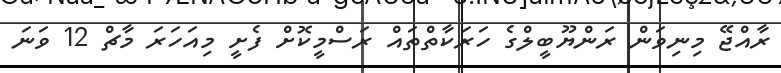
ރާއްޖޭ މިނިވަން ރަންޔޫބީލްގެ ހަރަކާތްތައް ރަސްމީކޮށް ފެށީ މިއަހަރަ މާޗް 12 ވަނަ